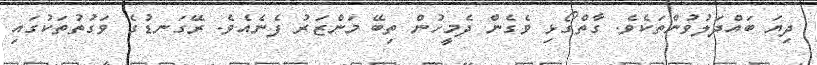
ދިޔަ ބައްދަލުވުންތަކެވެ. ގާތްގޯޅި ވެގެން ދެމީހުން ތިބޭ މަންޒަރު ފެނެއެވެ. ރޭގަނޑުގެ ވަގުތުތަކުގައި